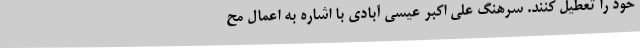
خود را تعطیل کنند. سرهنگ علی اکبر عیسی آبادی با اشاره به اعمال مح